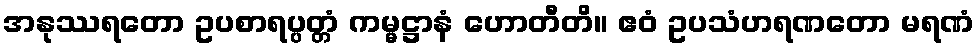
အနုဿရတော ဥပစာရပ္ပတ္တံ ကမ္မဋ္ဌာနံ ဟောတီတိ။ ဧဝံ ဥပသံဟရဏတော မရဏံ